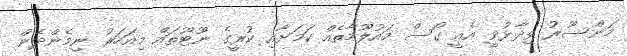
މަންސޫރު ވިދާޅުވީ އެއީ ގޯސް މައުލޫމާތެއް ކަމަށާއި ކުރީގެ ނޫޓޫތައް މިއަހަރު ނިމެންދެން